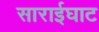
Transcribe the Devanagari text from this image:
साराईघाट